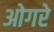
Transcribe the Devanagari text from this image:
ओगरे